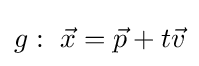
g:~{\vec {x}}={\vec {p}}+t{\vec {v}}